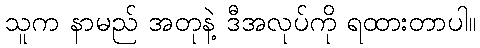
သူက နာမည် အတုနဲ့ ဒီအလုပ်ကို ရထားတာပါ။